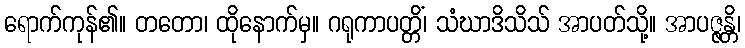
ရောက်ကုန်၏။ တတော၊ ထိုနောက်မှ။ ဂရုကာပတ္တိံ၊ သံဃာဒိသိသ် အာပတ်သို့။ အာပဇ္ဇန္တိ၊